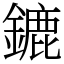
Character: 鏕